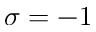
\sigma = - 1